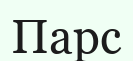
Парс